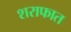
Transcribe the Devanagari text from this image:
शराफात